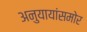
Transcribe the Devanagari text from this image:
अनुयायांसमोर